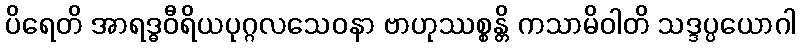
ပိရေတိ အာရဒ္ဓဝီရိယပုဂ္ဂလသေဝနာ ဗာဟုဿစ္စန္တိ ကသာမိဝါတိ သဒ္ဒပ္ပယောဂါ